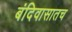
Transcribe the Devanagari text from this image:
बंदिवासातच